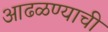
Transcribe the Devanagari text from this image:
आढळण्याची